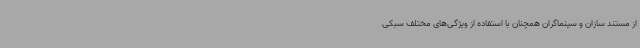
از مستند سازان و سینماگران همچنان با استفاده از ویژگی‌های مختلف سبکی